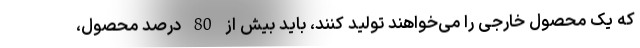
که یک محصول خارجی را می‌خواهند تولید کنند، باید بیش از 80 درصد محصول،